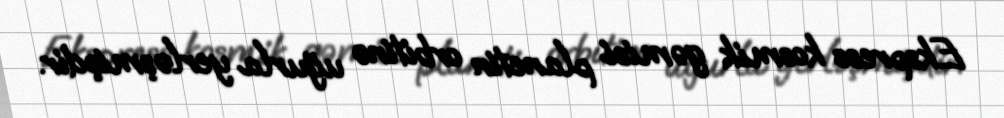
Ekspress kosmik gəmisi planetin orbitinə uğurla yerləşmişdir.